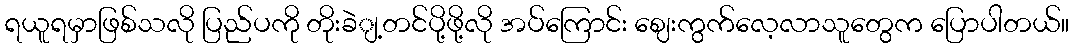
ရယူရမှာဖြစ်သလို ပြည်ပကို တိုးခဲျ့တင်ပို့ဖို့လို အပ်ကြောင်း ဈေးကွက်လေ့လာသူတွေက ပြောပါတယ်။